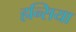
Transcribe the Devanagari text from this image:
हन्सिया